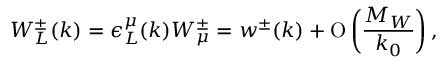
W _ { L } ^ { \pm } ( k ) = \epsilon _ { L } ^ { \mu } ( k ) W _ { \mu } ^ { \pm } = w ^ { \pm } ( k ) + \mathrm { O } \left( \frac { M _ { W } } { k _ { 0 } } \right) ,